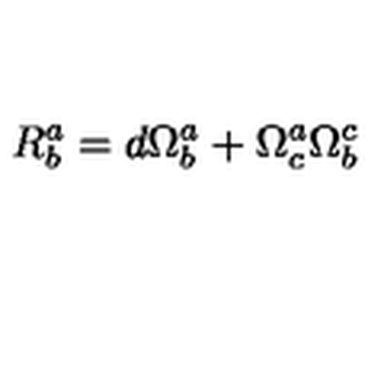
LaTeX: R _ { b } ^ { a } = d \Omega _ { b } ^ { a } + \Omega _ { c } ^ { a } \Omega _ { b } ^ { c }